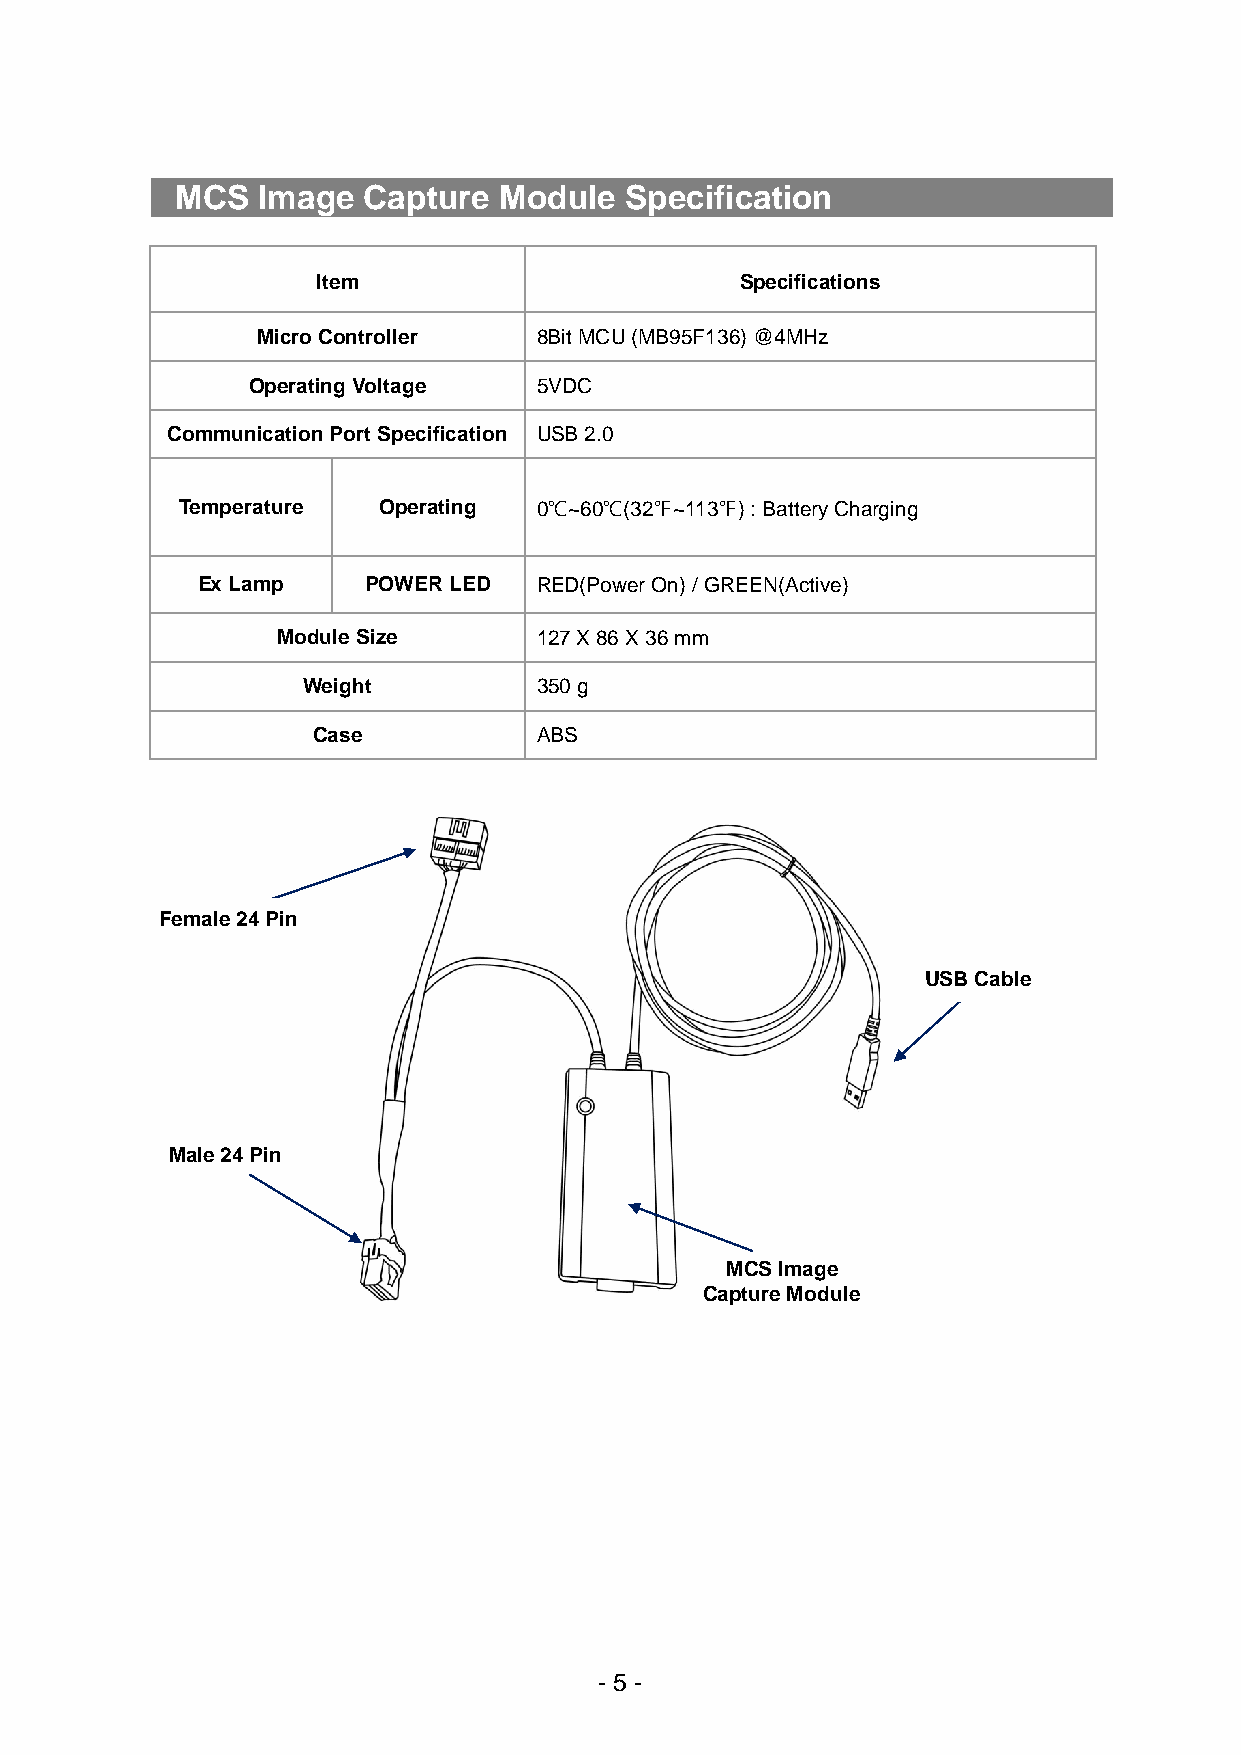
MCS  Image  Capture  Module  Specification
 Item                        Specifications
 Micro Controller   8Bit MCU (MB95F136) @4MHz
 Operating Voltage   5VDC
 Communication Port Specification USB 2.0
 Temperature  Operating  0℃~60℃(32℉~113℉) : Battery Charging
 Ex Lamp    POWER LED   RED(Power On) / GREEN(Active)
 Module Size       127 X 86 X 36 mm
 Weight          350 g
 Case           ABS
 Female 24 Pin
 USB Cable
 Male 24 Pin
 MCS Image
 Capture Module
 - 5 -